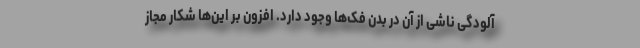
آلودگی ناشی از آن در بدن فک‌ها وجود دارد. افزون بر این‌ها شکار مجاز